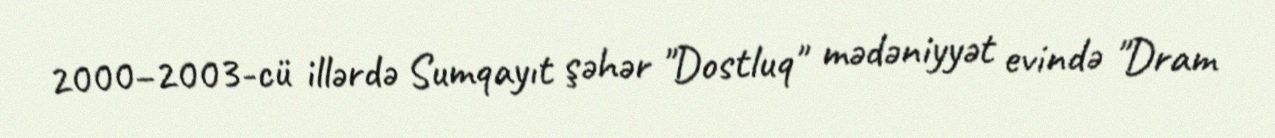
2000–2003-cü illərdə Sumqayıt şəhər "Dostluq" mədəniyyət evində "Dram